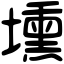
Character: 壎